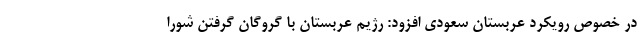
در خصوص رویکرد عربستان سعودی افزود: رژیم عربستان با گروگان گرفتن شورا